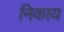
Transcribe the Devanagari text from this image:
निकाय